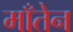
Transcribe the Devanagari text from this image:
माँतेन